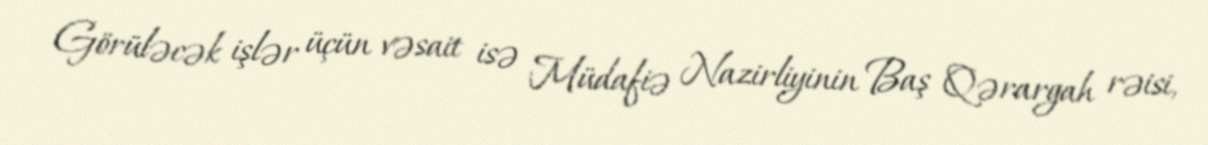
Görüləcək işlər üçün vəsait isə Müdafiə Nazirliyinin Baş Qərargah rəisi,